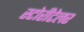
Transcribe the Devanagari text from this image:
स्टोरीटेलर